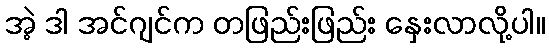
အဲ့ ဒါ အင်ဂျင်က တဖြည်းဖြည်း နှေးလာလို့ပါ။